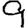
Digit: 9